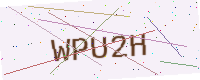
Text: WPU2H